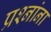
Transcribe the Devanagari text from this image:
प्रश्‍नांना